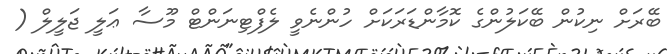
ބޭރަށް ނިކުން ބޭކަލުންގެ ކޮމާންޑަރަކަށް ހުންނެވީ ލެފްޓިނަންޓް މޫސާ ޢަލީ ޖަލީލް (